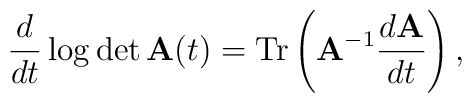
\frac d{dt}\log\det {\bf A}(t)={\rm T}{\rm r}\left({\bf A}^{-1}\frac {d{\bf A}}{dt}\right),